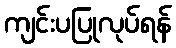
ကျင်းပပြုလုပ်ရန်